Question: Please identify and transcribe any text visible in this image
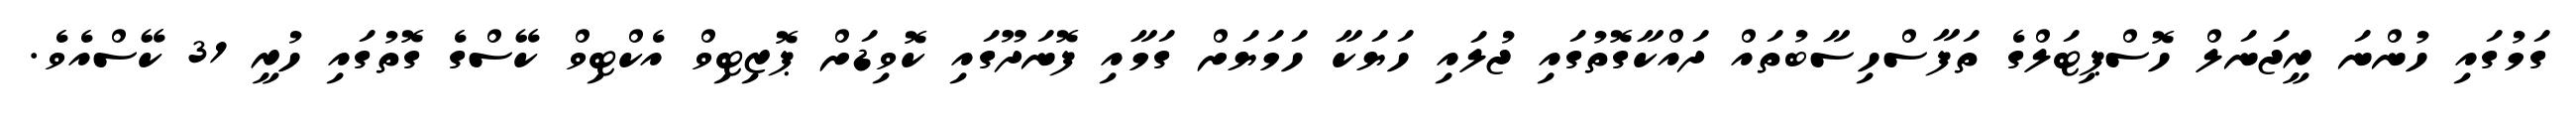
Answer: ގަމުގައި ހުންނަ ރީޖަނަލް ހޮސްޕިޓަލްގެ ތަފާސްހިސާބުތައް ދައްކާގޮތުގައި ޖުލައި ހަޔަކާ ހަމަޔަށް ގަމާއި ފޮނަދޫގައި ކޮވިޑަށް ޕޮޒިޓިވް އެކްޓިވް ކޭސްގެ ގޮތުގައި ހުރީ 31 ކޭސްއެވެ.